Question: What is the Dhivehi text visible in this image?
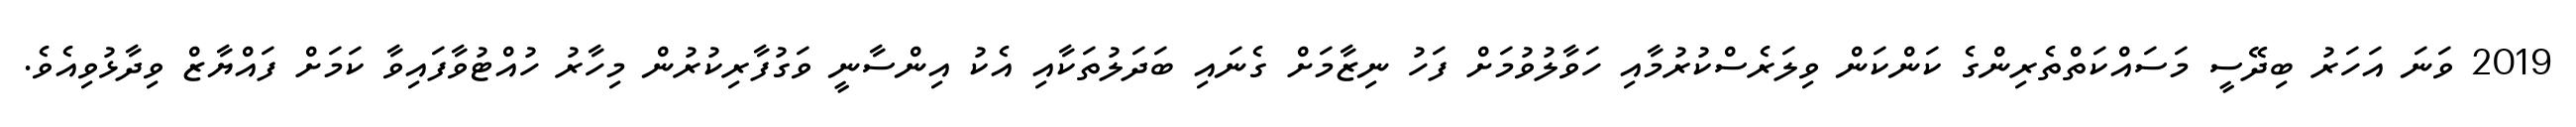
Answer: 2019 ވަނަ އަހަރު ބިދޭސީ މަސައްކަތްތެރިންގެ ކަންކަން ވިލަރެސްކުރުމާއި ހަވާލުވުމަށް ފަހު ނިޒާމަށް ގެނައި ބަދަލުތަކާއި އެކު އިންސާނީ ވަގުފާރިކުރުން މިހާރު ހުއްޓުވާފައިވާ ކަމަށް ފައްޔާޒް ވިދާޅުވިއެވެ.